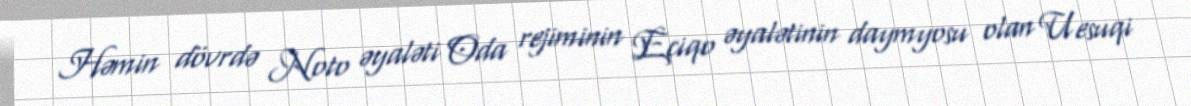
Həmin dövrdə Noto əyaləti Oda rejiminin Eçiqo əyalətinin daymyosu olan Uesuqi